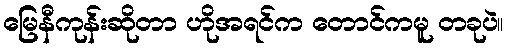
မြေနီကုန်းဆိုတာ ဟိုအရင်က တောင်ကမူ တခုပဲ။